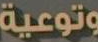
وتوعية